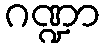
ဂဏ္ဍာ